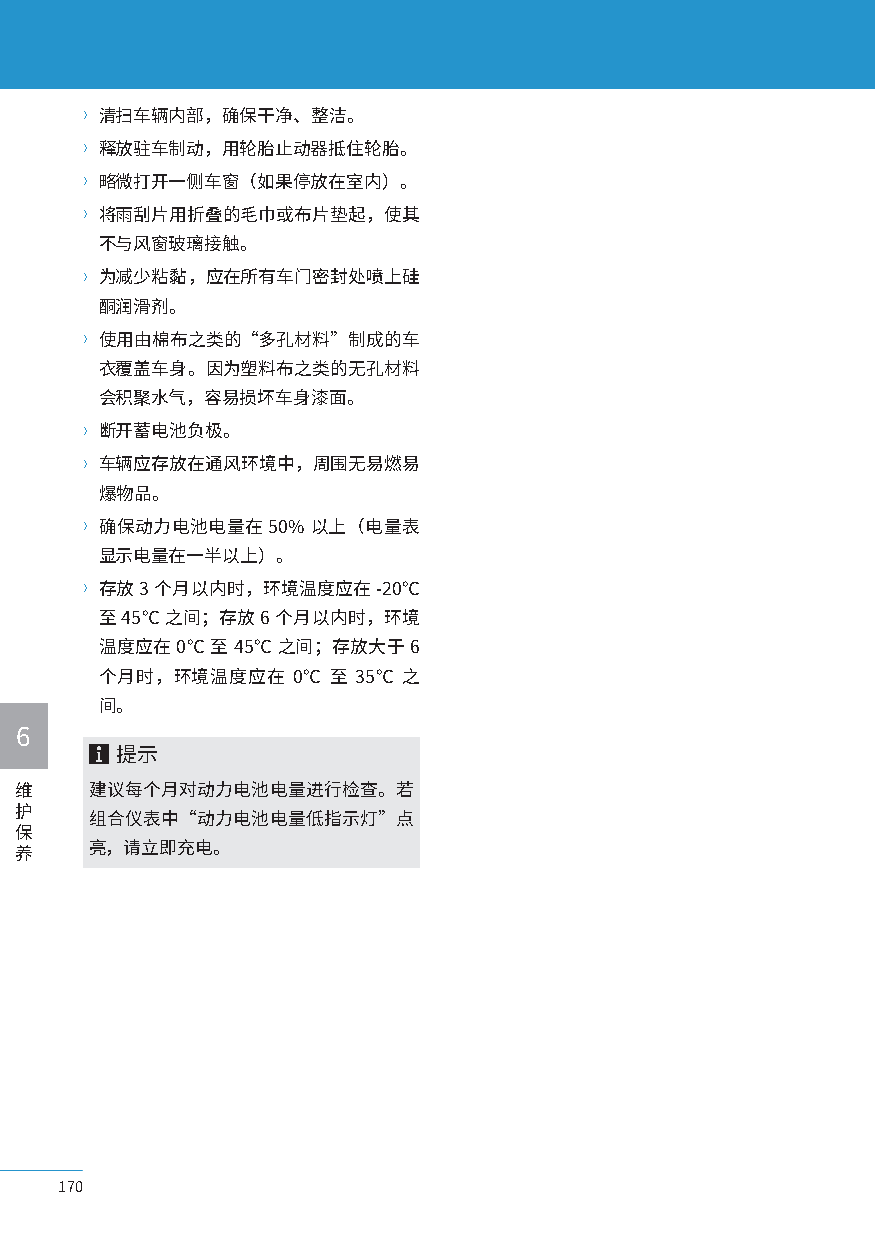
〉清扫车辆内部，确保干净、整洁。
 〉释放驻车制动，用轮胎止动器抵住轮胎。
 〉略微打开一侧车窗（如果停放在室内）。
 〉将雨刮片用折叠的毛巾或布片垫起，使其
 不与风窗玻璃接触。
 〉为减少粘黏，应在所有车门密封处喷上硅
 酮润滑剂。
 〉使用由棉布之类的“多孔材料”制成的车
 衣覆盖车身。因为塑料布之类的无孔材料
 会积聚水气，容易损坏车身漆面。
 〉断开蓄电池负极。
 〉车辆应存放在通风环境中，周围无易燃易
 爆物品。
 〉确保动力电池电量在   50% 以上（电量表
 显示电量在一半以上）。
 〉存放 3 个月以内时，环境温度应在  -20℃
 至 45℃ 之间；存放 6 个月以内时，环境
 温度应在 0℃ 至 45℃ 之间；存放大于 6
 个月时，环境温度应在   0℃ 至 35℃ 之
 间。
 6
 提示
 维    建议每个月对动力电池电量进行检查。若
 护
 组合仪表中“动力电池电量低指示灯”点
 保
 养    亮，请立即充电。
 170